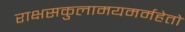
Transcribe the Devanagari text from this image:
राक्षसकुलामयमर्महेतो